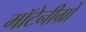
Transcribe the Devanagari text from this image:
मॉटेनीग्रो